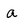
Character: a